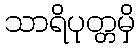
သာရိပုတ္တမှိ